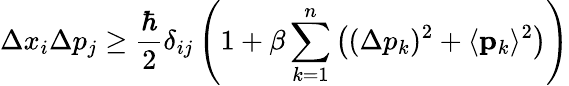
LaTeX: \Delta x_{i}\Delta p_{j}\ge\frac{\hbar}{2}\delta_{ij}\left(1+\beta\sum_{k=1}^{n}\left((\Delta p_{k})^{2}+\langle{\mathbf{p}}_{k}\rangle^{2}\right)\right)